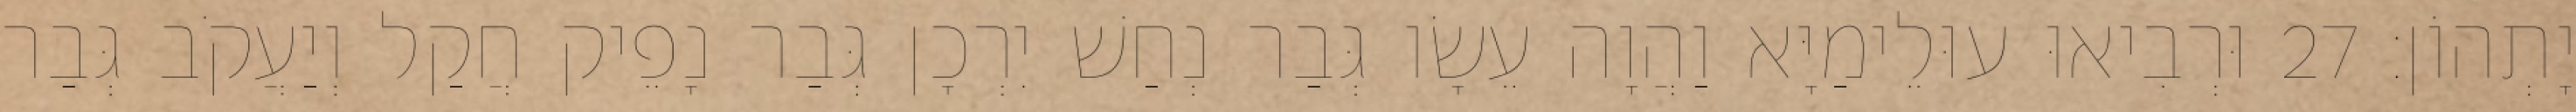
יָתְהוֹן׃ 27 וּרְבִיאוּ עוּלֵימַיָּא וַהֲוָה עֵשָׂו גְּבַר נְחַשׁ יִרְכָן גְּבַר נָפֵיק חֲקַל וְיַעֲקֹב גְּבַר